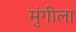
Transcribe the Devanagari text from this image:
मुंगीला